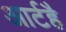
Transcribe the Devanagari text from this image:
आर्टहै